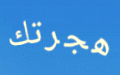
هجرتك